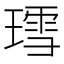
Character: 𬎅